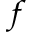
^ { f }